Vabadussoja_Ajaloo_Komitee, lk 76
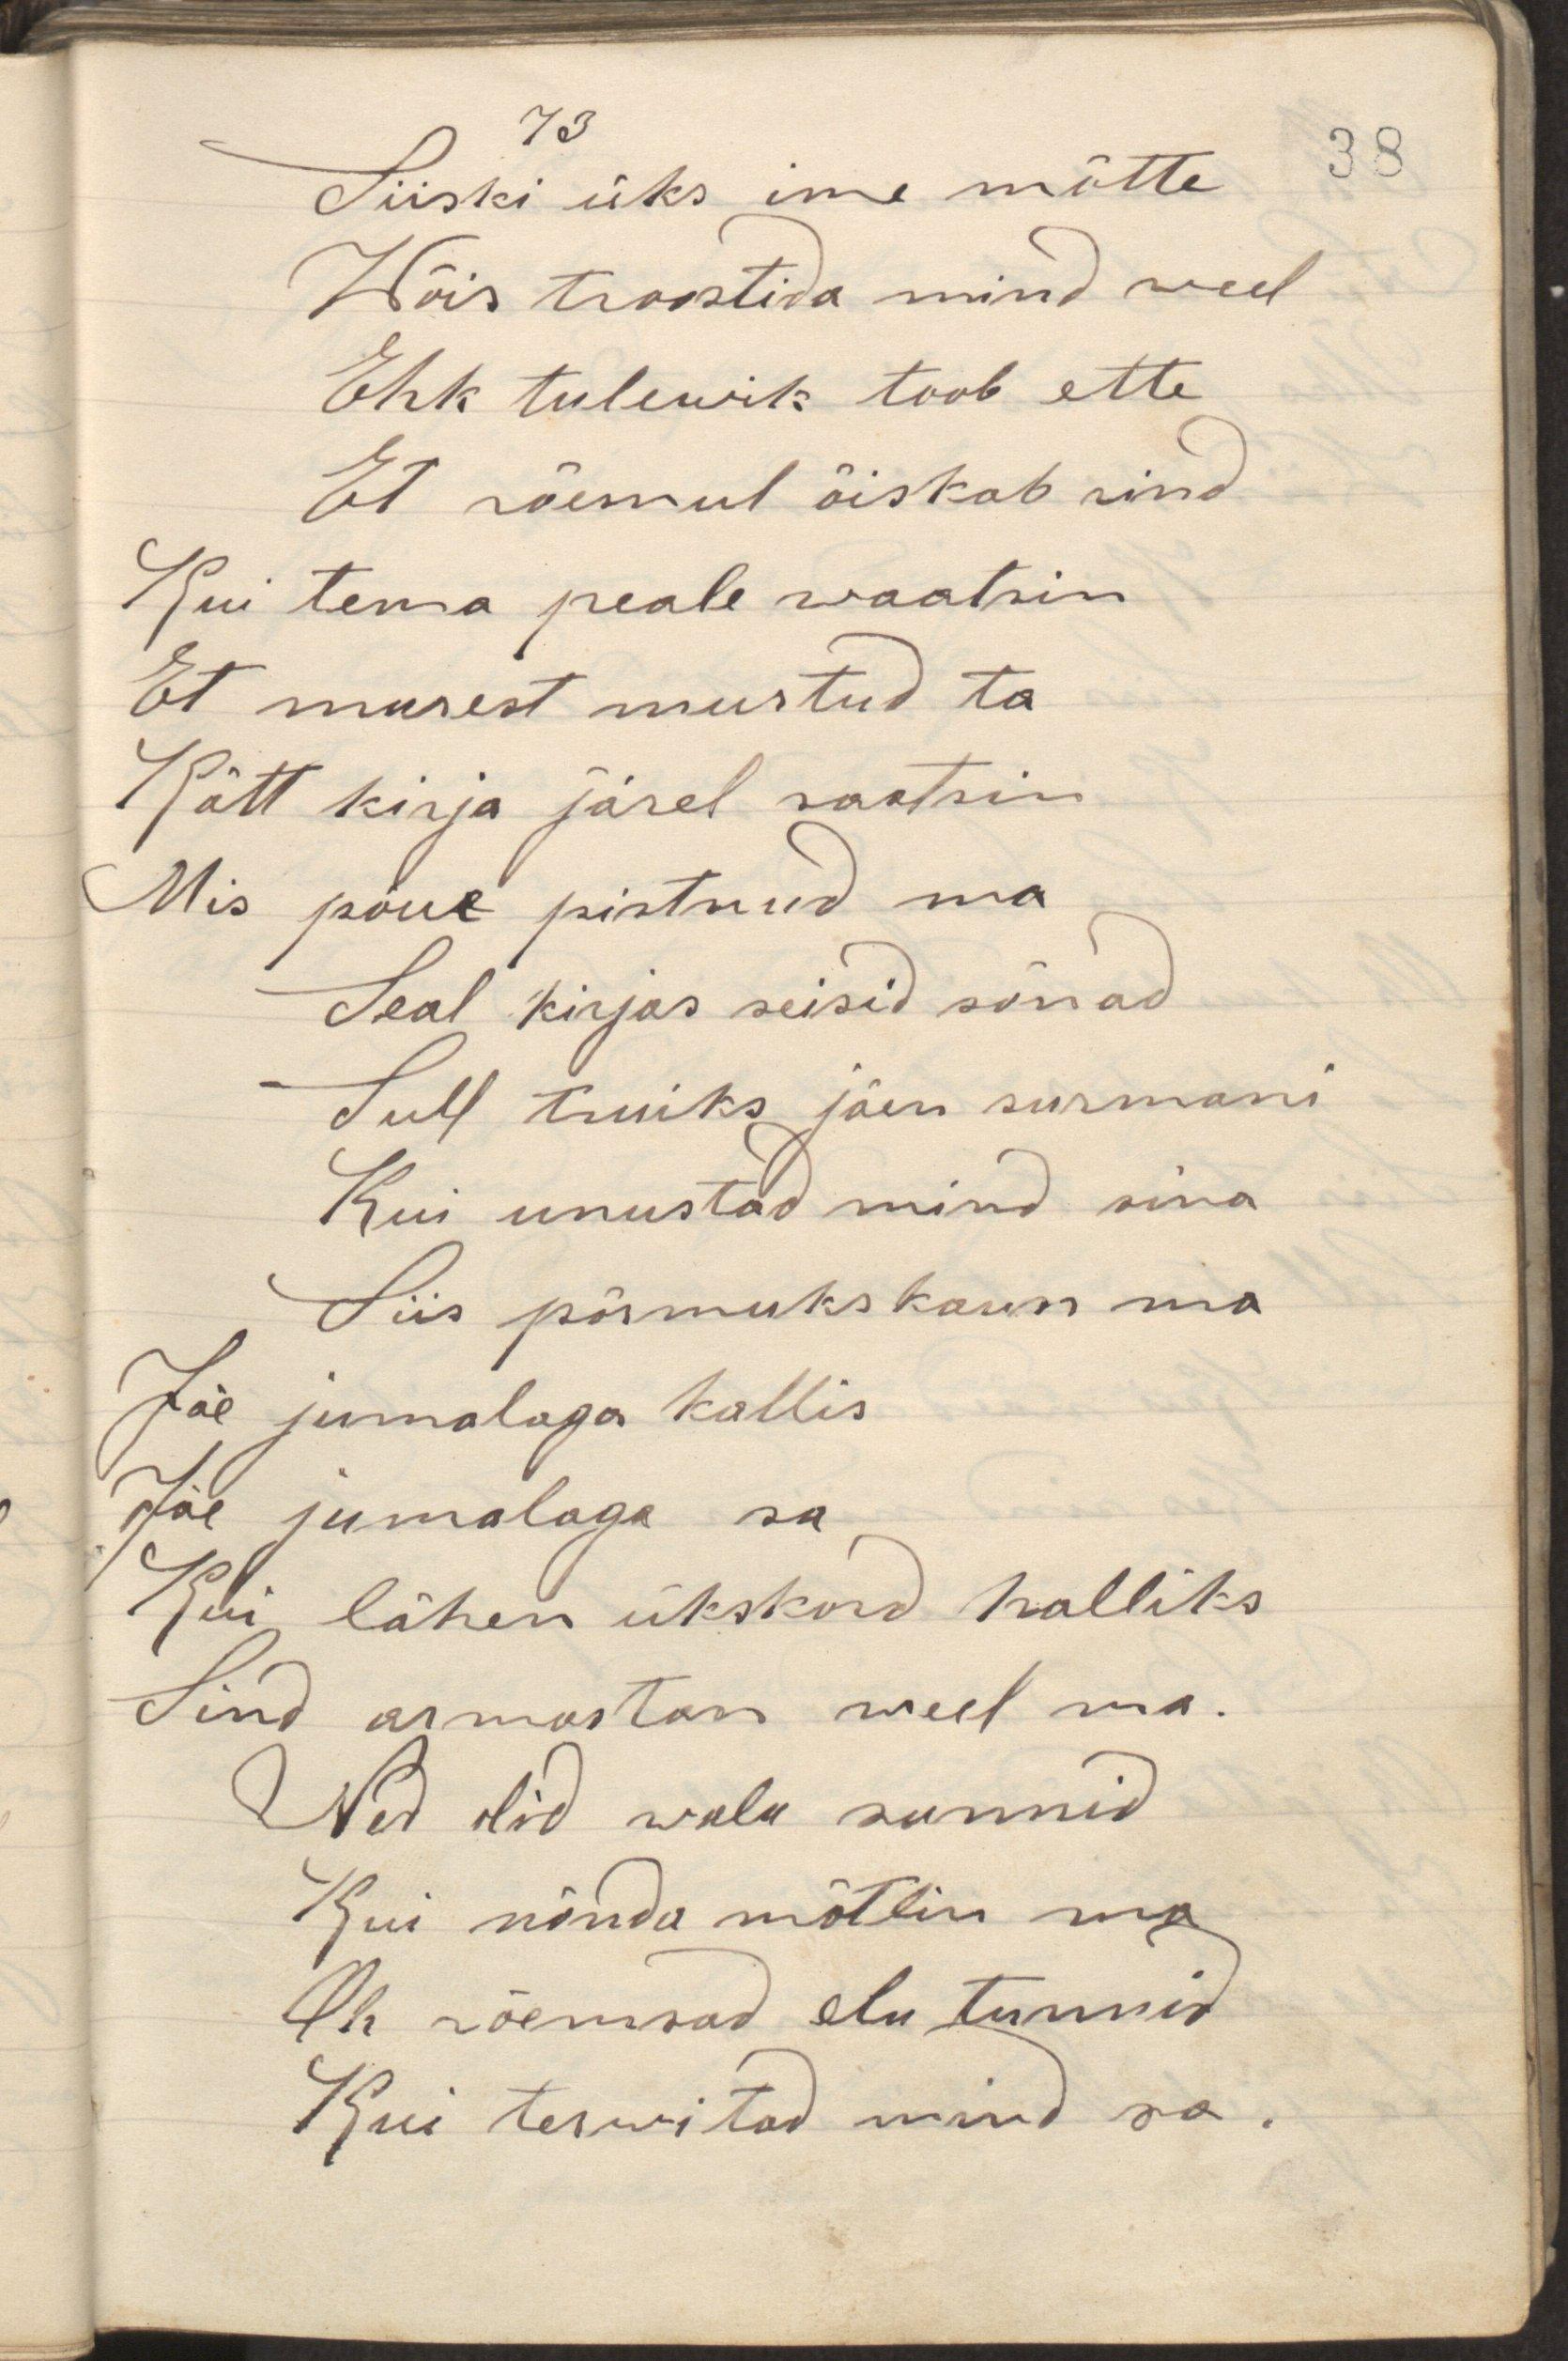
Siiski üks ime mõtte 38
Wõis troostida mind weel
Ehk tulewik toob ette
Et rõemul õiskab rind
Kui tema peale waatsin
Et murest murtud ta
Kätt kirja järel saatsin
Mis põue pistnud ma
Seal kirjas seisid sõnad
Sull truiks jäen surmani
Kui unustad mind sina
Siis põrmuks kaun ma
Jäe jumalaga kallis
Jäe jumalaga sa
Kui lähen ükskord halliks
Sind armastan weel ma
Ned olid walu sunnid
Kui nõnda mõtlin ma
Oh rõemsad elu tunnid
Kui terwitad mind sa.